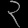
Digit: ၃